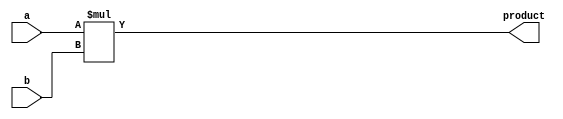
module multiplier (
  input wire [7:0] a,
  input wire [7:0] b,
  output reg [15:0] product
);

assign product = a * b;

endmodule